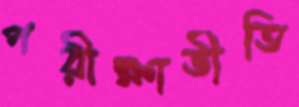
পরীক্ষাভীতি